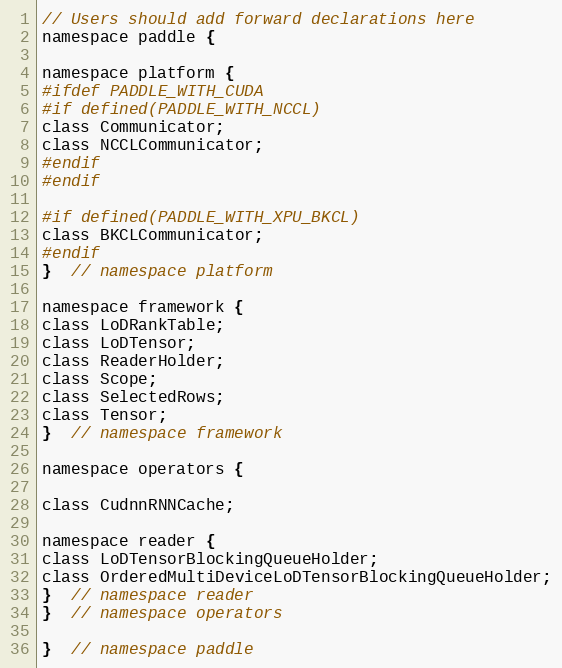
Language: C
// Users should add forward declarations here
namespace paddle {

namespace platform {
#ifdef PADDLE_WITH_CUDA
#if defined(PADDLE_WITH_NCCL)
class Communicator;
class NCCLCommunicator;
#endif
#endif

#if defined(PADDLE_WITH_XPU_BKCL)
class BKCLCommunicator;
#endif
}  // namespace platform

namespace framework {
class LoDRankTable;
class LoDTensor;
class ReaderHolder;
class Scope;
class SelectedRows;
class Tensor;
}  // namespace framework

namespace operators {

class CudnnRNNCache;

namespace reader {
class LoDTensorBlockingQueueHolder;
class OrderedMultiDeviceLoDTensorBlockingQueueHolder;
}  // namespace reader
}  // namespace operators

}  // namespace paddle